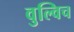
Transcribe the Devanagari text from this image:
वुल्विच